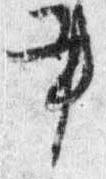
書